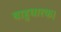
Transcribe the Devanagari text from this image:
बाहुधारक।